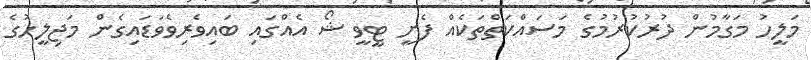
މަލީހު މަގާމުން ދުރުކުރުމުގެ މަސައްކަތްތަކެއް ފެށީ ޓީވީ ޝޯ އެއްގައި ބައިވެރިވެވަޑައިގެން މަޖިލީހުގެ